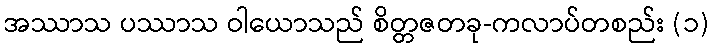
အဿာသ ပဿာသ ဝါယောသည် စိတ္တဇတခု-ကလာပ်တစည်း (၁)